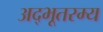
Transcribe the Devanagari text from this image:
अद्भूतरम्य